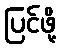
ပြင်ဖို့